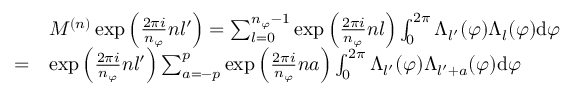
\begin{array} { r l } & { M ^ { ( n ) } \exp { \left( \frac { 2 \pi i } { n _ { \varphi } } n l ^ { \prime } \right) } = \sum _ { l = 0 } ^ { n _ { \varphi } - 1 } \exp { \left( \frac { 2 \pi i } { n _ { \varphi } } n l \right) } \int _ { 0 } ^ { 2 \pi } \Lambda _ { l ^ { \prime } } ( \varphi ) \Lambda _ { l } ( \varphi ) \mathrm { d } \varphi } \\ { = } & { \exp { \left( \frac { 2 \pi i } { n _ { \varphi } } n l ^ { \prime } \right) } \sum _ { a = - p } ^ { p } \exp \left( { \frac { 2 \pi i } { n _ { \varphi } } n a } \right) \int _ { 0 } ^ { 2 \pi } \Lambda _ { l ^ { \prime } } ( \varphi ) \Lambda _ { l ^ { \prime } + a } ( \varphi ) \mathrm { d } { \varphi } } \end{array}